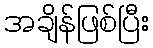
အချိန်ဖြစ်ပြီး